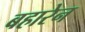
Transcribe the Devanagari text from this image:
बहारेन